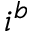
i ^ { b }